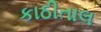
કાઠીતાલ